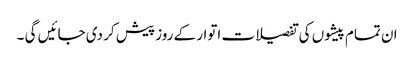
ان تمام پیشوں کی تفصیلات اتوار کے روز پیش کر دی جائیں گی ۔